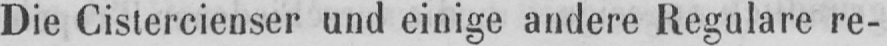
Die Cistercienser und einige andere Regulare re-